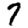
Digit: 7